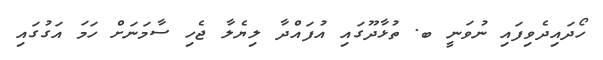
ހޯދައިދެވިފައި ނުވަނީ ބ. ތުޅާދޫގައި އުފައްދާ ލިޔެލާ ޖެހި ސާމަނަށް ހަމަ އަގުގައި